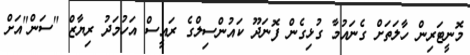
މޮނީޓަރިން ހާލަތަށް ގެނައުމާ ގުޅިގެން ފޮނަދޫ ކައުންސިލްގެ ރައީސް އަހުމަދު ރިޔާޒް "ސަން"އަށް